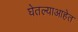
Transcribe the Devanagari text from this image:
घेतल्याआहेत